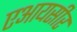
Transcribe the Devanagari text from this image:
एआयसीर